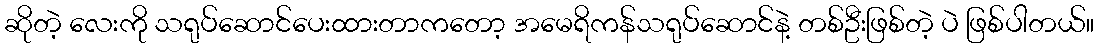
ဆိုတဲ့ လေးကို သရုပ်ဆောင်ပေးထားတာကတော့ အမေရိကန်သရုပ်ဆောင်နဲ့ တစ်ဦးဖြစ်တဲ့ ပဲ ဖြစ်ပါတယ်။